Civil Veterinary Dept. Bombay admin report 1923-31 - 1923-1931
Year: 1923
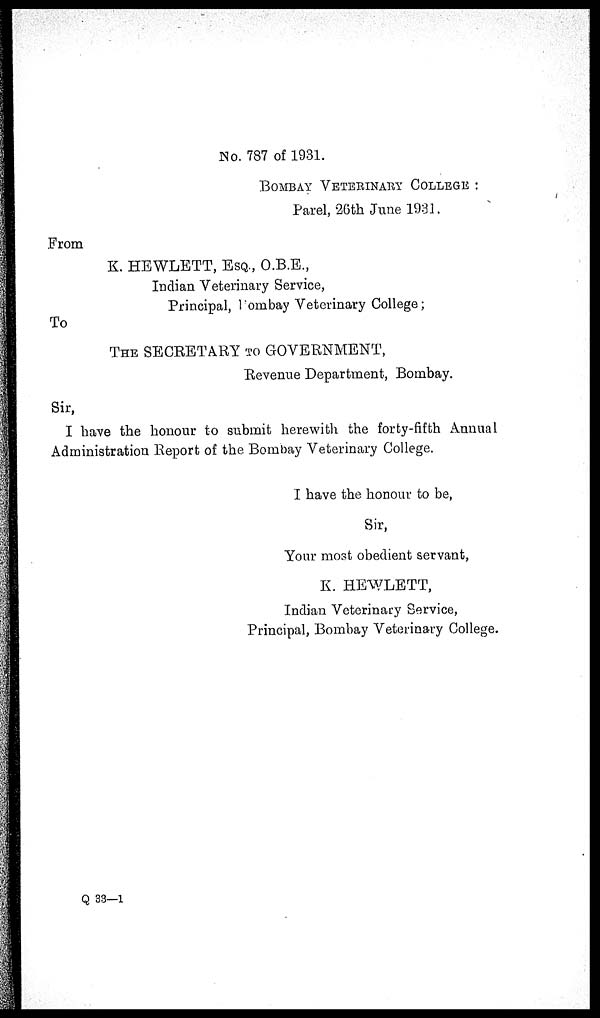
No. 787 of 1931.
BOMBAY VETERINARY COLLEGE :
Parel, 26th June 1931.
From
K. HEWLETT, ESQ., O.B.E.,
Indian Veterinary Service,
Principal, Bombay Veterinary College;
To
THE SECRETARY TO GOVERNMENT,
Revenue Department, Bombay.
Sir,
I have the honour to submit herewith the forty-fifth Annual
Administration Report of the Bombay Veterinary College.
I have the honour to be,
Sir,
Your most obedient servant,
K. HEWLETT,
Indian Veterinary Service,
Principal, Bombay Veterinary College.
Q 33—1